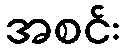
အစင်း